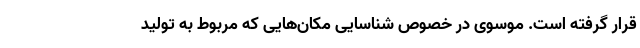
قرار گرفته است. موسوی در خصوص شناسایی مکان‌هایی که مربوط به تولید